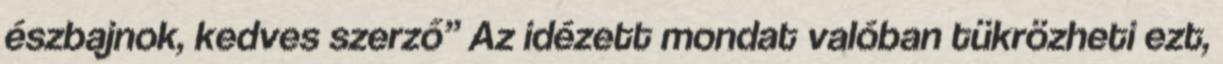
észbajnok, kedves szerző” Az idézett mondat valóban tükrözheti ezt,